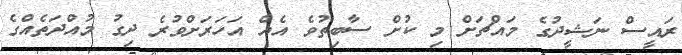
ރައީސް ނަޝީދުގެ މައްޗަށް މި ކުށް ސާބިތުވެ އެއް އަހަރަށްވުރެ ދިގު މުއްދަތެއްގެ